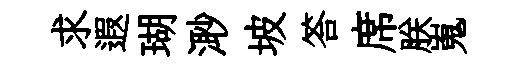
求遐瑚𣺌坡答席朕嵬